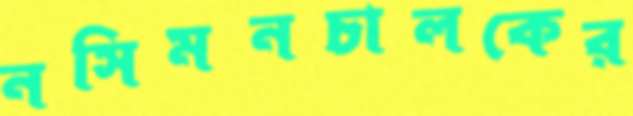
নসিমনচালকের